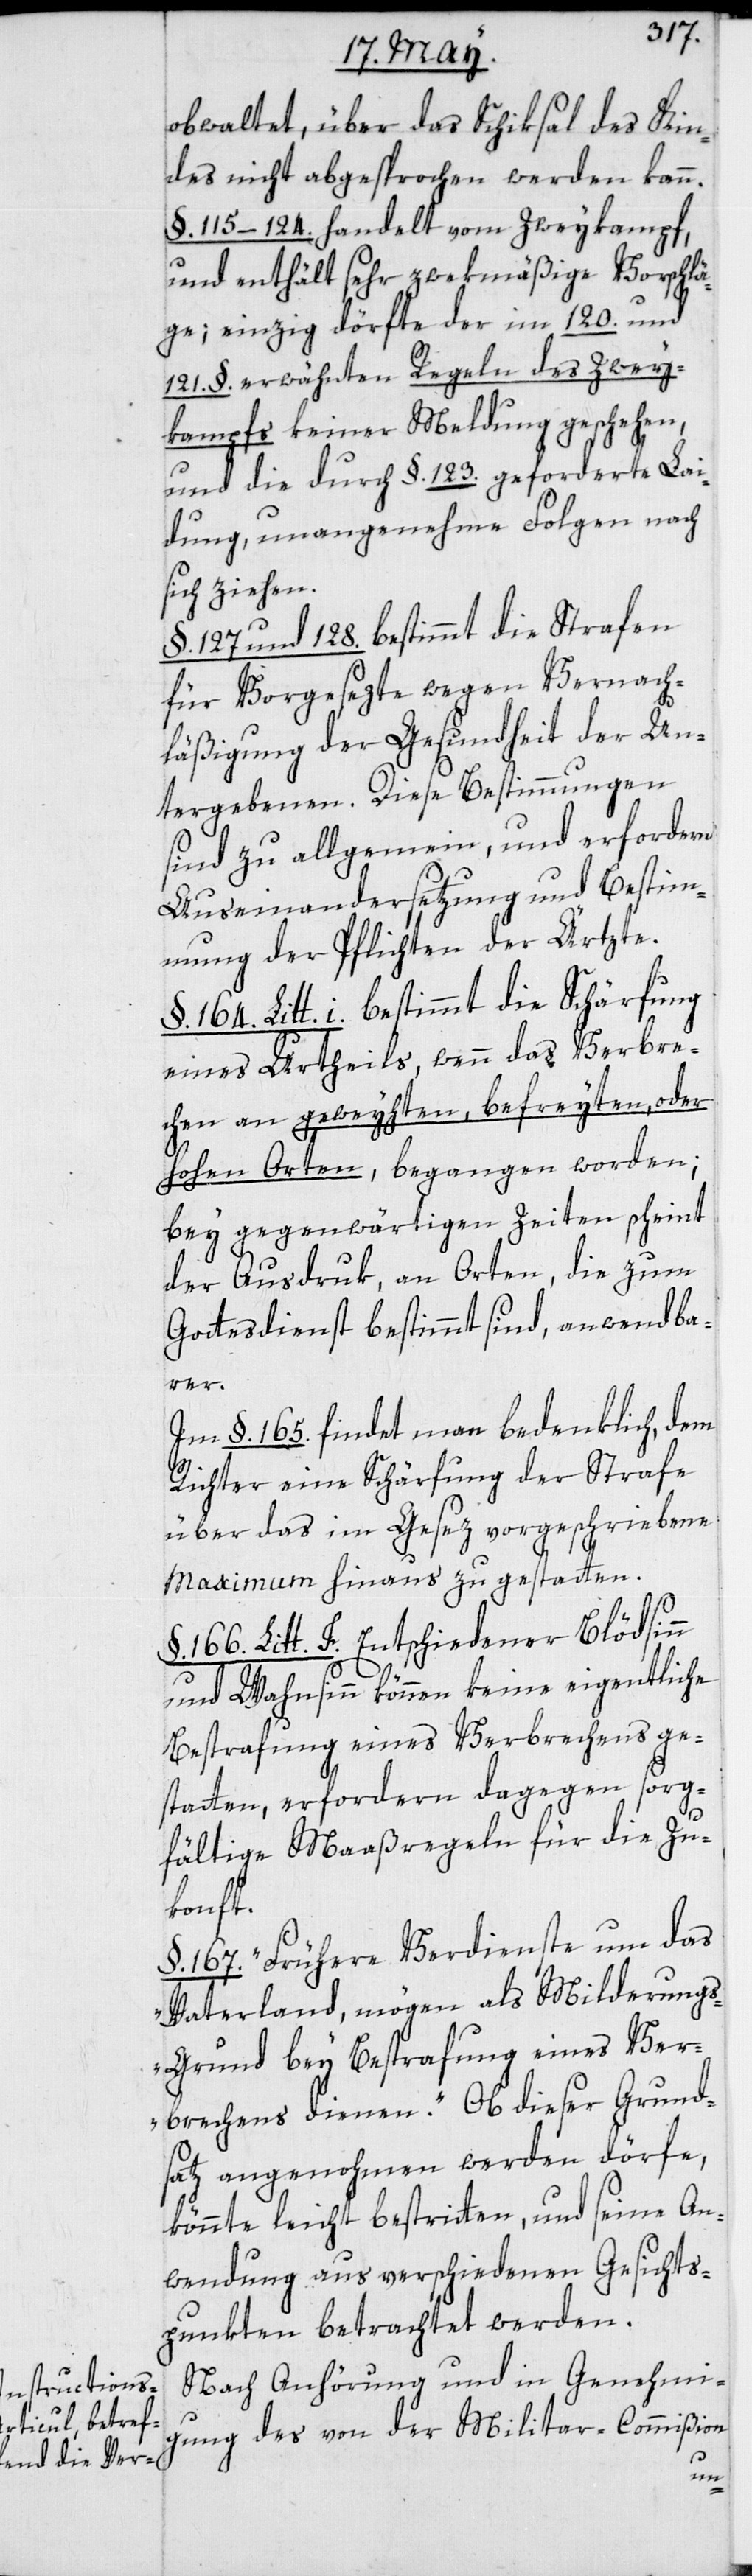
waltet, über das Schiksal des Kin¬
des nicht abgesprochen werden kann.
§. 115–124. handelt vom Zweikampf,
und enthält sehr zwekmäßige Vorschlä¬
ge; einzig dörfte der im 120. und
121. § erwähnten Regeln des Zwey¬
kampfs keiner Meldung geschehen,
und die durch §. 123. geforderte Lai¬
dung, unangenehme Folgen nach
sich ziehen.
§. 127 und 128. bestimmt die Strafen
für Vorgesezte wegen Vernach¬
läßigung der Gesundheit der Un¬
tergebenen. Diese Bestimmungen
sind zu allgemein, und erfordern
Auseinandersetzung und Bestim¬
mung der Pflichten der Ärzte.
§. 164. Litt. i. bestimmt die Schärfung
eines Urtheils, wenn das Verbre¬
chen an geweyhten, befreyten, oder
hohen Orten begangen worden;
bey gegenwärtigen Zeiten scheint
der Ausdruk, an Orten, die zum
Gottesdienst bestimmt sind, anwendba¬
rer.
Im §. 165. findet man bedenklich, dem
Richter eine Schärfung der Strafe
über das im Gesez vorgeschriebene
Maximum hinaus zu gestatten.
§. 166. Litt. f. Entschiedener Blödsinn
und Wahnsinn können keine eigentliche
Bestrafung eines Verbrechens ge¬
statten, erfordern dagegen sorg¬
fältige Maaßregeln für die Zu¬
konft.
§. 167. „Frühere Verdienste um das
Vaterland mögen als Milderung¬
s-Grund bey Bestrafung eines Ver¬
brechens dienen“. Ob dieser Grund¬
satz angenohmen werden dörfe,
könnte leicht bestritten, und seine An¬
wendung aus verschiedenen Gesichts¬
punkten betrachtet werden.
Nach Anhörung und in Genehmi¬
gung des von der Militar-Commißion